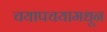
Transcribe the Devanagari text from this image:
चयापचयामधून